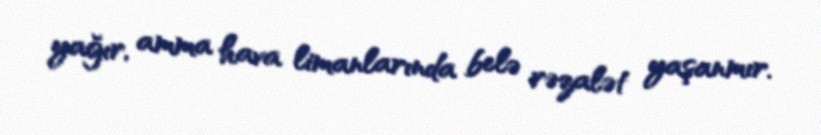
yağır, amma hava limanlarında belə rəzalət yaşanmır.